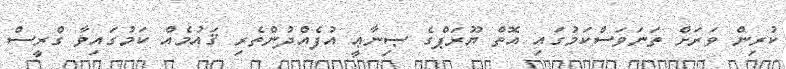
ކުރިން ވަރަށް ތަނަވަސްކަމުގައި އޮތް ޔޫރަޕްގެ ޞިނާޢީ އުފެއްދުންތެރި ޤައުމެއް ކަމުގައިވާ ގްރީސް